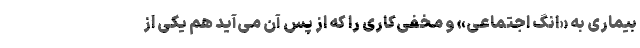
بیماری به «انگ اجتماعی» و مخفی‌کاری را که از پس آن می‌آید هم یکی از